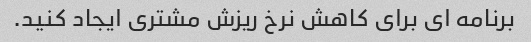
برنامه ای برای کاهش نرخ ریزش مشتری ایجاد کنید.